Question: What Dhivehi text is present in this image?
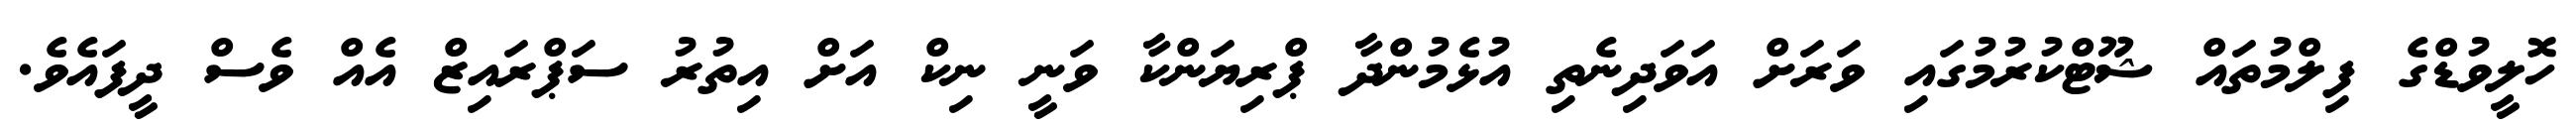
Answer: ހޮލީވުޑްގެ ފިލްމުތައް ޝޫޓްކުރުމުގައި ވަރަށް އަވަދިނެތި އުޅެމުންދާ ޕްރިޔަންކާ ވަނީ ނިކް އަށް އިތުރު ސަޕްރައިޒް އެއް ވެސް ދީފައެވެ.